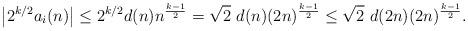
LaTeX: \begin{align*}\left|2^{k/2} a_i(n) \right| &\leq 2^{k/2} d(n) n^{\frac{k-1}{2}} = \sqrt{2} \ d(n) (2n)^{\frac{k-1}{2}} \leq \sqrt{2} \ d(2n) (2n)^{\frac{k-1}{2}}.\end{align*}